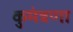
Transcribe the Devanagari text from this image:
कुमंत्रणा